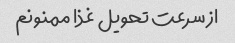
از سرعت تحویل غذا ممنونم